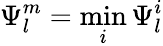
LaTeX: \Psi_{l}^{m}=\operatorname*{min}_{i}\Psi_{l}^{i}